Investigations on Bengal jail dietaries - Number 37
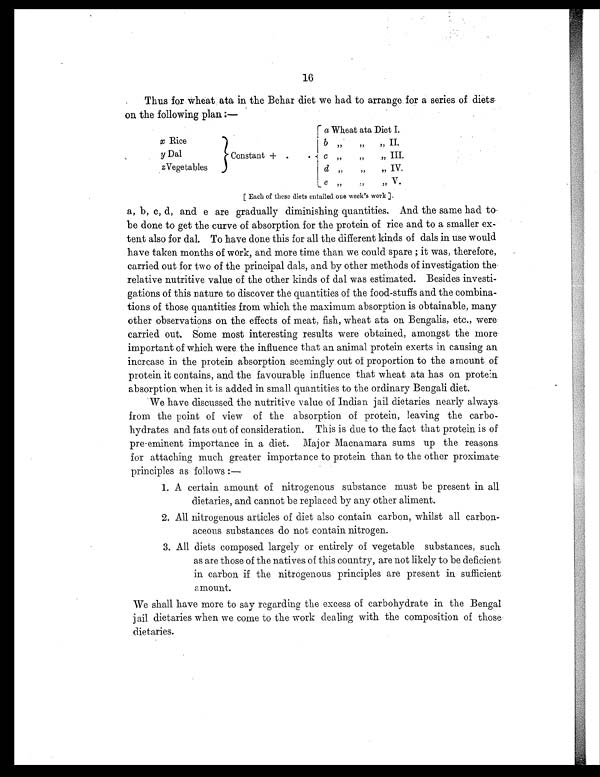
16
Thus for wheat ata in the Behar diet we had to arrange for a series of diets
on the following plan :—
x Rice
y Dal
zVegetables
I
a Wheat ata Diet I.
b "
"
" II.
Constant + .
. c "
"
" III.
d "
"
" IV.
e "
"
" V.
[ Each of these diets entailed one week's work ].
a, b, c, d, and e are gradually diminishing quantities. And the same had to.
be done to get the curve of absorption for the protein of rice and to a smaller ex-
tent also for dal. To have done this for all the different kinds of dais in use would
have taken months of work, and more time than we could spare ; it was, therefore,
carried out for two of the principal dais, and by other methods of investigation the-
relative nutritive value of the other kinds of dal was estimated. Besides investi-
gations of this nature to discover the quantities of the food-stuffs and the combina
tions of those quantities from which the maximum absorption is obtainable, many
other observations on the effects of meat, fish, wheat ata on Bengalis, etc., were
carried out. Some most interesting results were obtained, amongst the more
important of which were the influence that an animal protein exerts in causing an
increase in the protein absorption seemingly out of proportion to the a mount of
protein it contains, and the favourable influence that wheat ata has on protein
absorption when it is added in small quantities to the ordinary Bengali diet.
We have discussed the nutritive value of Indian jail dietaries nearly always
from the point of view of the absorption of protein, leaving the carbo-
hydrates and fats out of consideration. This is due to the fact that protein is of
pre-eminent importance in a diet. Major Macnamara sums up the reasons
for attaching much greater importance to protein than to the other proximate
principles as follows :
—
1. A certain amount of nitrogenous substance must be present in all
dietaries, and cannot be replaced by any other aliment.
2. All nitrogenous articles of diet also contain carbon, whilst all carbon-
aceous substances do not contain nitrogen.
3. All diets composed largely or entirely of vegetable substances, such
as are those of the natives of this country, are not likely to be deficient
in carbon if the nitrogenous principles are present in sufficient
amount.
We shall have more to say regarding the excess of carbohydrate in the Bengal
jail dietaries when we come to the work dealing with the composition of those
dietaries.